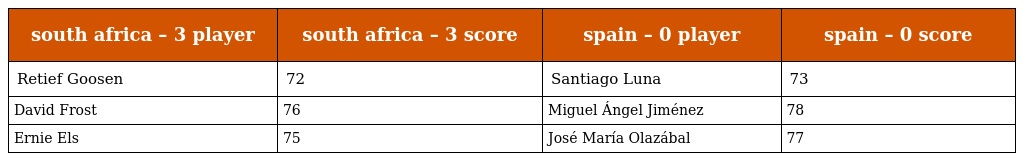
| south africa – 3 player | south africa – 3 score | spain – 0 player | spain – 0 score |
 | --- | --- | --- | --- |
 | Retief Goosen | 72 | Santiago Luna | 73 |
 | David Frost | 76 | Miguel Ángel Jiménez | 78 |
 | Ernie Els | 75 | José María Olazábal | 77 |